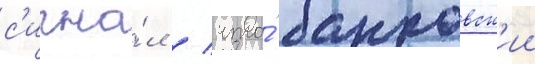
с'игна́л / что́ банковск'ии